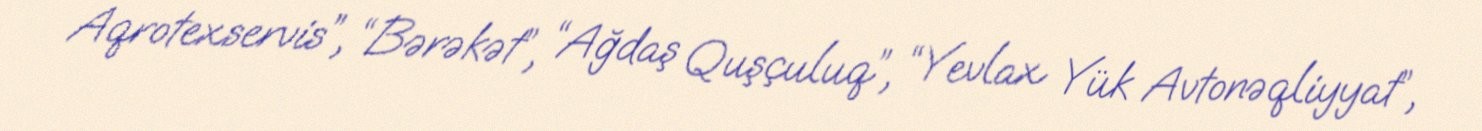
Aqrotexservis”, “Bərəkət”, “Ağdaş Quşçuluq”, “Yevlax Yük Avtonəqliyyat”,